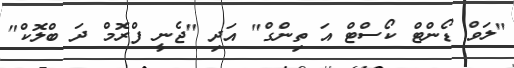
"ލަވް ޑޯންޓް ކޯސްޓް އަ ތިންގް" އަދި "ޖެނީ ފްރޮމް ދަ ބްލޮކް"